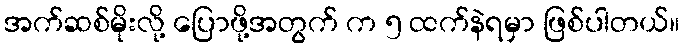
အက်ဆစ်မိုးလို့ ပြောဖို့အတွက် က ၅ ထက်နဲရမှာ ဖြစ်ပါတယ်။